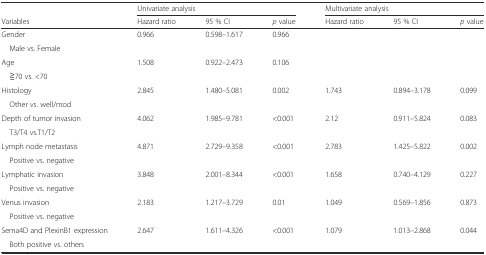
|  | <COLSPAN=3> Univariate analysis | <COLSPAN=3> Multivariate analysis |
 | Variables | Hazard ratio | 95 % CI | p value | Hazard ratio | 95 % CI | p value |
 | --- | --- | --- | --- | --- | --- | --- |
 | Gender | <ROWSPAN=2> 0.966 | <ROWSPAN=2> 0.598–1.617 | <ROWSPAN=2> 0.966 |  |  |  |
 | Male vs. Female |  |  |  |
 | Age | <ROWSPAN=2> 1.508 | <ROWSPAN=2> 0.922–2.473 | <ROWSPAN=2> 0.106 |  |  |  |
 | ≧70 vs. <70 |  |  |  |
 | Histology | <ROWSPAN=2> 2.845 | <ROWSPAN=2> 1.480–5.081 | <ROWSPAN=2> 0.002 | 1.743 | 0.894–3.178 | 0.099 |
 | Other vs. well/mod |  |  |  |
 | Depth of tumor invasion | <ROWSPAN=2> 4.062 | <ROWSPAN=2> 1.985–9.781 | <ROWSPAN=2> <0.001 | 2.12 | 0.911–5.824 | 0.083 |
 | T3/T4 vs.T1/T2 |  |  |  |
 | Lymph node metastasis | <ROWSPAN=2> 4.871 | <ROWSPAN=2> 2.729–9.358 | <ROWSPAN=2> <0.001 | 2.783 | 1.425–5.822 | 0.002 |
 | Positive vs. negative |  |  |  |
 | Lymphatic invasion | 3.848 | 2.001–8.344 | <ROWSPAN=2> <0.001 | 1.658 | 0.740–4.129 | 0.227 |
 | Positive vs. negative |  |  |  |  |  |
 | Venus invasion | <ROWSPAN=2> 2.183 | <ROWSPAN=2> 1.217–3.729 | <ROWSPAN=2> 0.01 | 1.049 | 0.569–1.856 | 0.873 |
 | Positive vs. negative |  |  |  |
 | Sema4D and PlexinB1 expression | <ROWSPAN=2> 2.647 | <ROWSPAN=2> 1.611–4.326 | <ROWSPAN=2> <0.001 | 1.079 | 1.013–2.868 | 0.044 |
 | Both positive vs. others |  |  |  |